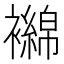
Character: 𬡴